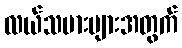
လယ်သမားများအတွက်